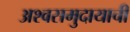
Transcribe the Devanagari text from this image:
अश्वसमुदायाची